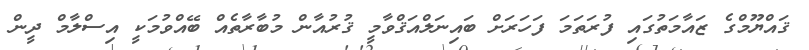
ޤައްޔޫމްގެ ޒައާމަތުގައި ފުރަތަމަ ފަހަރަށް ބައިނަލްއަޤްވާމީ ޤުރުއާން މުބާރާތެއް ބޭއްވުމަކީ އިސްލާމް ދީން